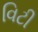
વિટી